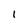
Character: I